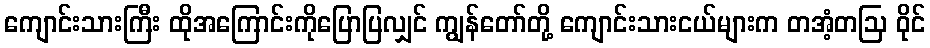
ကျောင်းသားကြီး ထိုအကြောင်းကိုပြောပြလျှင် ကျွန်တော်တို့ ကျောင်းသားငယ်များက တအံ့တဩ ဝိုင်